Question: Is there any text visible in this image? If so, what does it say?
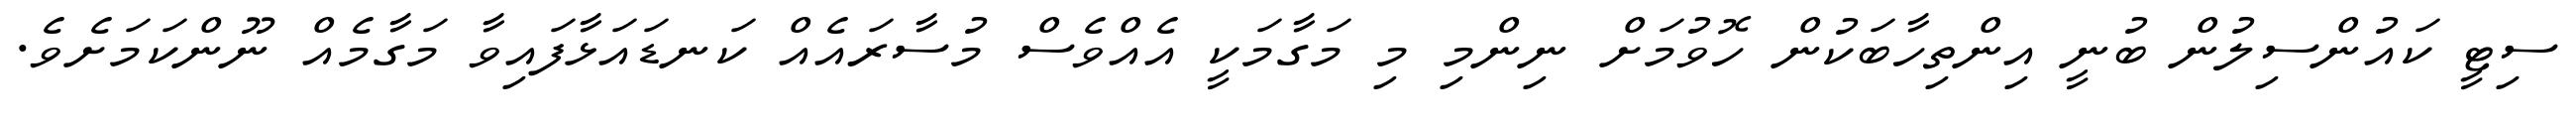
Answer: ސިޓީ ކައުންސިލުން ބުނީ އިންތިހާބަކުން ހޮވުމަށް ނިންމި މި މަގާމަކީ އެއްވެސް މުސާރައެއް ކަނޑައަޅާފައިވާ މަގާމެއް ނޫންކަމަށެވެ.